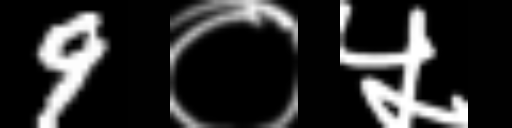
Text: 9०५